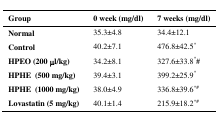
| Group | 0 week (mg/dl) | 7 weeks (mg/dl) |
 | --- | --- | --- |
 | Normal | 35.3±4.8 | 34.4±12.1 |
 | Control | 40.2±7.1 | 476.8±42.5* |
 | HPEO (200 l/kg) | 34.2±8.1 | 327.6±33.8*# |
 | HPHE (500 mg/kg) | 39.4±3.1 | 399.2±25.9* |
 | HPHE (1000 mg/kg) | 38.0±4.9 | 336.8±39.6*# |